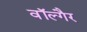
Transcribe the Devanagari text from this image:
वॉल्गैर